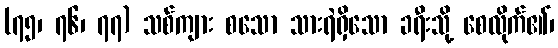
(၇၅၊ ၇၆၊ ၇၇) သစ်ကျား စသော သားရဲရှိသော ခရီးသို့ စေလိုက်၏၊